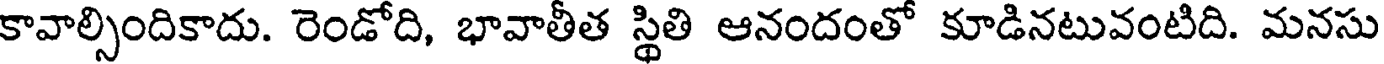
కావాల్సిందికాదు. రెండోది, భావాతీత స్థితి ఆనందంతో కూడినటువంటిది. మనసు